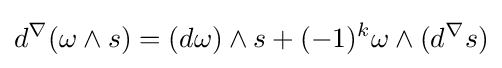
d^{\nabla }(\omega \wedge s)=(d\omega )\wedge s+(-1)^{k}\omega \wedge (d^{\nabla }s)